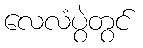
လေလံပွဲတွင်